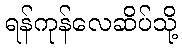
ရန်ကုန်လေဆိပ်သို့